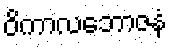
ဝိကာလဘောဇနံ